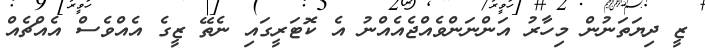
ޒީ ދިޔަތަނުން މިހާރު އަންނަންވެއްޖެއެއްނު އެ ކޮޓަރީގައި ނެތޭ ޒީގެ އެއްވެސް އެއްޗެއް